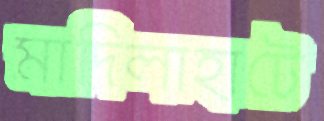
মাদিলাহাটে